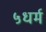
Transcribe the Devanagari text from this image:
५धर्म